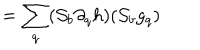
= \sum _ { q } ( { \cal S } _ { b } \partial _ { q } h ) ( { \cal S } _ { b } g _ { q } )